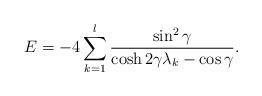
LaTeX: \begin{align*}E=-4\sum_{k=1}^l\frac{\sin^2\gamma}{\cosh 2\gamma\lambda_k -\cos\gamma}. \end{align*}